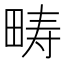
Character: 畴